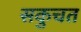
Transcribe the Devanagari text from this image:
सकुचत